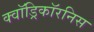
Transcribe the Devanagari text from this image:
क्वॉड्रिकॉरनिस